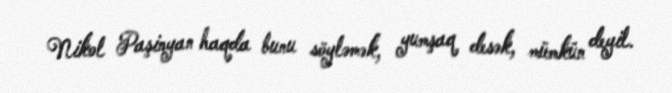
Nikol Paşinyan haqda bunu söyləmək, yumşaq desək, mümkün deyil.